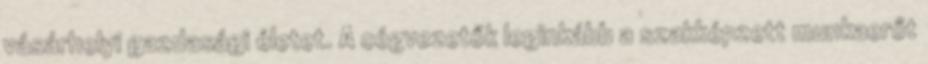
vásárhelyi gazdasági életet. A cégvezetők leginkább a szakképzett munkaerőt